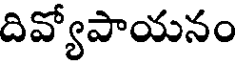
దివ్యోపాయనం